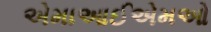
એમાઆઈએમઓ